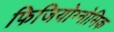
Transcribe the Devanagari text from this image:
फिजियोग्नोमिक